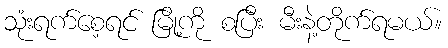
သုံးရက်စေ့ရင် မြို့ကို စပြီး မီးနဲ့တိုက်ရမယ်။